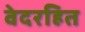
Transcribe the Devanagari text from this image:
वेदरहित